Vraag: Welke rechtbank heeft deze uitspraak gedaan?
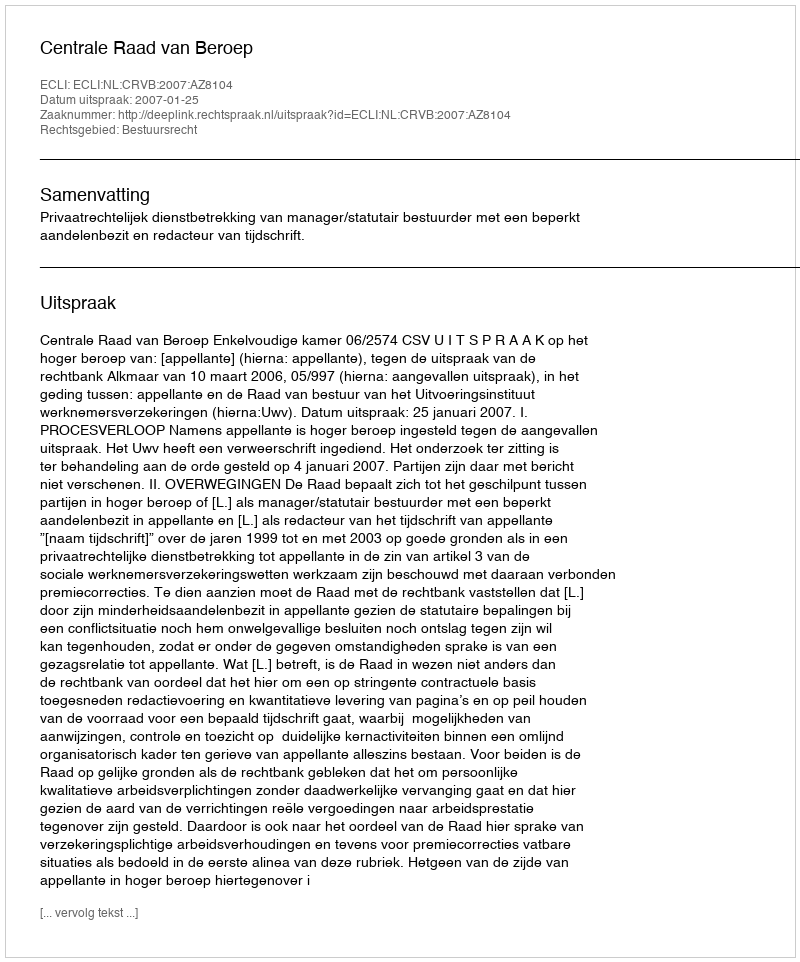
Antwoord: Centrale Raad van Beroep